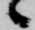
候